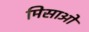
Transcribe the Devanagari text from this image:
मिसाओ